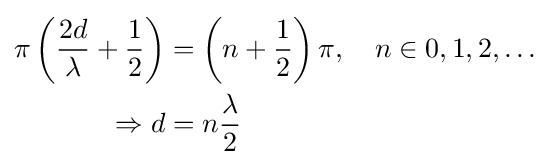
{\begin{aligned}\pi \left({2d \over \lambda }+{1 \over 2}\right)&=\left(n+{1 \over 2}\right)\pi ,\quad n\in {0,1,2,\ldots }\\\Rightarrow d&=n{\lambda  \over 2}\end{aligned}}